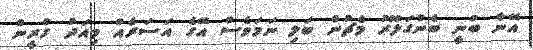
އޭނާ ބުނީ ބެންގަލޫރު މެޗުން ބަލި ނަމަވެސް އޭގެ އަސަރެއް މިއަދު ގްރީން